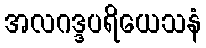
အလဂဒ္ဒပရိယေသနံ